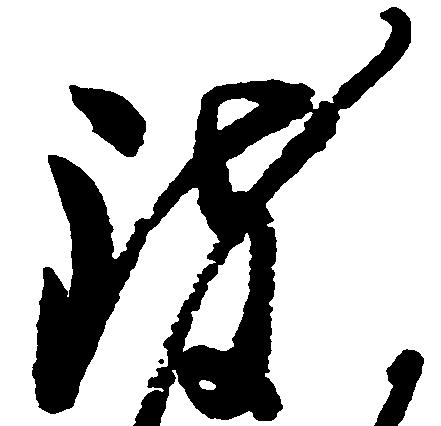
致